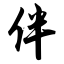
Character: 伴